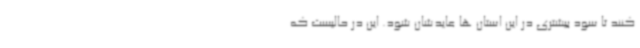
کنند تا سود بیشتری در این استان ها عایدشان شود. این در حالیست که